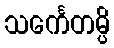
သင်္ကေတမ္ပိ